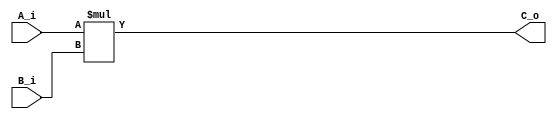
`timescale 1ns / 1ps
//////////////////////////////////////////////////////////////////////////////////
// Company: 
// Engineer: 
// 
// Design Name: 
// Module Name: multiplier
// Project Name: 
// Target Devices: 
// Tool Versions: 
// Description: 
// 
// Dependencies: 
// 
// Revision:
// Revision 0.01 - File Created
// Additional Comments:
// 
//////////////////////////////////////////////////////////////////////////////////


module multiplier(
                    input[5:0] A_i,
                    input[5:0] B_i,
                    output[11:0] C_o
    );
    
    assign C_o = A_i*B_i;
endmodule